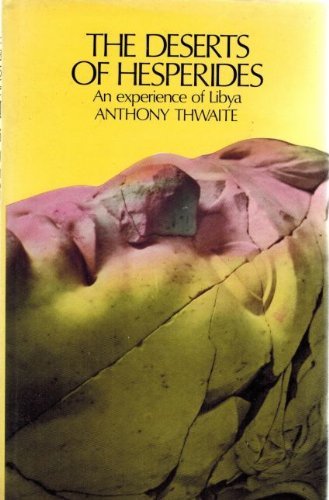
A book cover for The deserts of Hesperides: An experience of Libya; Anthony Thwaite; Travel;